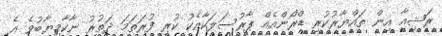
ރަޝިއާ އިން ތައްޔާރުކުރި ޑްރޯންއެއް ޕާރުސަލަކާއެކު ކުރި ފުރަތަމަ ދަތުރު ނާކާމިޔާބުވެ އެ